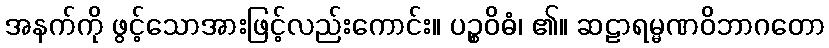
အနက်ကို ဖွင့်သောအားဖြင့်လည်းကောင်း။ ပဉ္စဝိဓံ၊ ၏။ ဆဠာရမ္မဏဝိဘာဂတော